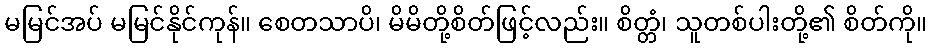
မမြင်အပ် မမြင်နိုင်ကုန်။ စေတသာပိ၊ မိမိတို့စိတ်ဖြင့်လည်း။ စိတ္တံ၊ သူတစ်ပါးတို့၏ စိတ်ကို။